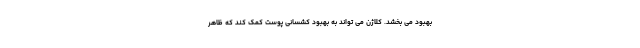
بهبود می بخشد. کلاژن می تواند به بهبود کشسانی پوست کمک کند که ظاهر